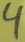
Text: 4